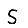
Digit: 5